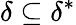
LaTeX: \delta\subseteq\delta^{*}